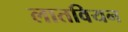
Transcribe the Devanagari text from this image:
लातवियन